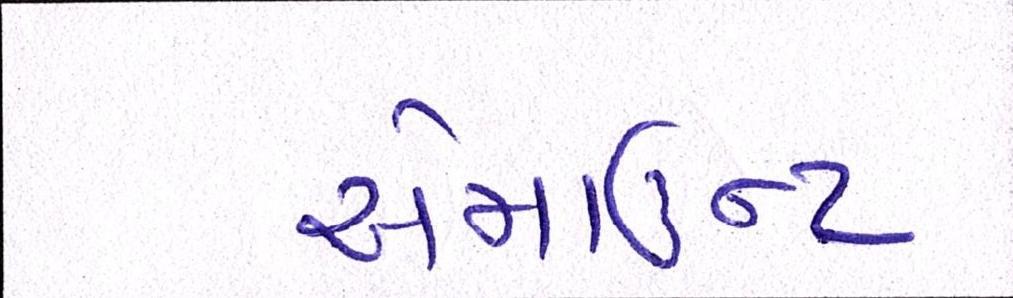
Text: એમાઉન્ટ